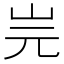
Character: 𡵧